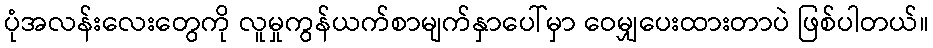
ပုံအလန်းလေးတွေကို လူမှုကွန်ယက်စာမျက်နှာပေါ်မှာ ဝေမျှပေးထားတာပဲ ဖြစ်ပါတယ်။